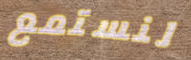
لنستمع